Report of the veterinary officer investigating camel disease
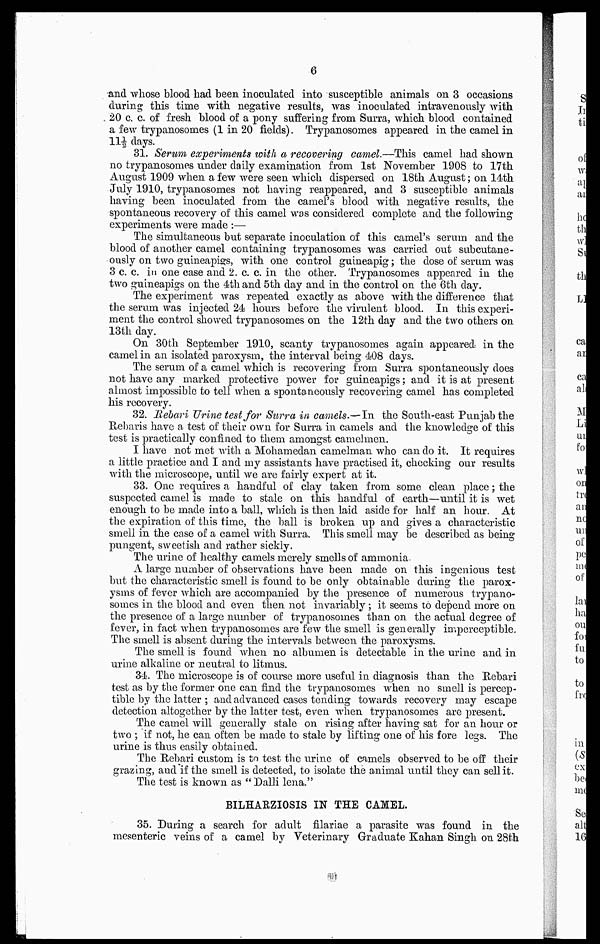
6
and whose blood had been inoculated into susceptible animals on 3 occasions
during this time with negative results, was inoculated intravenously with
20 c. c. of fresh blood of a pony suffering from Surra, which blood contained
a few trypanosomes (1 in 20 fields). Trypanosomes appeared in the camel in
11½ days.
31. Serum experiments with a recovering camel —This camel had shown
no trypanosomes under daily examination from 1st November 1908 to 17th
August 1909 when a few were seen which dispersed on 18th August ; on 14th
July 1910, trypanosomes not having reappeared, and 3 susceptible animals
having been inoculated from the camel's blood with negative results, the
spontaneous recovery of this camel was considered complete and the following
experiments were made :—
The simultaneous but separate inoculation of this camel's serum and the
blood of another camel containing trypanosomes was carried out subcutane-
ously on two guineapigs, with one control guineapig ; the dose of serum was
3 c. c. in one case and 2. c. c. in the other. Trypanosomes appeared in the
two guineapigs on the 4th and 5th day and in the control on the 6th day.
The experiment was repeated exactly as above with the difference that
the serum was injected 24 hours before the virulent blood. In this experi-
ment the control showed trypanosomes on the 12th day and the two others on
13th day.
On 30th September 1910, scanty trypanosomes again appeared in the
camel in an isolated paroxysm, the interval being 408 days.
The serum of a camel which is recovering from Surra spontaneously does
not have any marked protective power for guineapigs; and it is at present
almost impossible to tell when a spontaneously recovering camel has completed
his recovery.
32. Rebari Urine test for Surra in camels.—In the South-east Punjab the
Rebaris have a test of their own for Surra in camels and the knowledge of this
test is practically confined to them amongst camelmen.
I have not met with a Mohamedan camelman who can do it. It requires
a little practice and I and my assistants have practised it, checking our results
with the microscope, until we are fairly expert at it.
33. One requires a handful of clay taken from some clean place ; the
suspected camel is made to stale on this handful of earth—until it is wet
enough to be made into a ball, which is then laid aside for half an hour. At
the expiration of this time, the ball is broken up and gives a characteristic
smell in the case of a camel with Surra. This smell may be described as being
pungent, sweetish and rather sickly.
The urine of healthy camels merely smells of ammonia
A large number of observations have been made on this ingenious test
but the characteristic smell is found to be only obtainable during the parox-
ysms of fever which are accompanied by the presence of numerous trypano-
somes in the blood and even then not invariably ; it seems to depend more on
the presence of a large number of trypanosomes than on the actual degree of
fever, in fact when trypanosomes are few the smell is generally imperceptible.
The smell is absent during the intervals between the paroxysms.
The smell is found when no albumen is detectable in the urine and in
urine alkaline or neutral to litmus.
34. The microscope is of course more useful in diagnosis than the Rebari
test as by the former one can find the trypanosomes when no smell is percep-
tible by the latter ; and advanced cases tending towards recovery may escape
detection altogether by the latter test, even when trypanosomes are present.
The camel will generally stale on rising after having sat for an hour or
two ; if not, he can often be made to stale by lifting one of his fore legs. The
urine is thus easily obtained.
The Rebari custom is to test the urine of camels observed to be off their
grazing, and if the smell is detected, to isolate the animal until they can sell it.
The test is known as " Dalli lena."
BILHARZIOSIS IN THE CAMEL.
35. During a search for adult filariae a parasite was found in the
mesenteric veins of a camel by Veterinary Graduate Kahan Singh on 28th